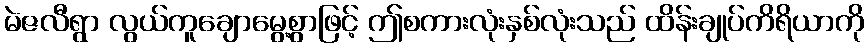
မဲဇလီရွာ လွယ်ကူချောမွေ့စွာဖြင့် ဤစကားလုံးနှစ်လုံးသည် ထိန်းချုပ်ကိရိယာကို